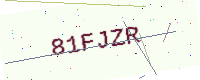
Text: 81FJZR